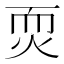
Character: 䎡